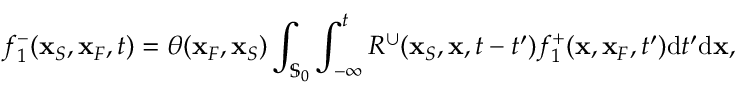
f _ { 1 } ^ { - } ( { \bf x } _ { S } , { \bf x } _ { F } , t ) = \theta ( { \bf x } _ { F } , { \bf x } _ { S } ) \int _ { { \mathbb { S } _ { 0 } } } \int _ { - \infty } ^ { t } R ^ { \cup } ( { \bf x } _ { S } , { \bf x } , t - t ^ { \prime } ) f _ { 1 } ^ { + } ( { \bf x } , { \bf x } _ { F } , t ^ { \prime } ) \mathrm { d } t ^ { \prime } \mathrm { d } { \bf x } ,